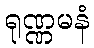
ရုဏ္ဏမနံ